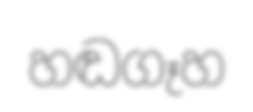
හඬගෑහ